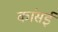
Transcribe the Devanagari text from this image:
कांसई